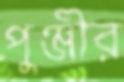
পুঞ্জীর